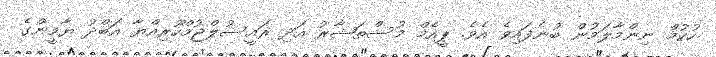
ހުކުމް ނިންމާލަމުން ބުނެފައިވެ އެވެ. ޕީއެމް މުސްތަޝާރު އަދި ރައީސުލްޖުމްހޫރިއްޔާ އަބްދު ޔާމީންގެ